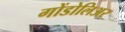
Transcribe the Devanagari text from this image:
गोंडोलिअर